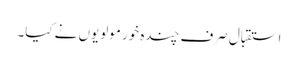
استقبال صرف چندہ خور مولویوں نے کیا۔